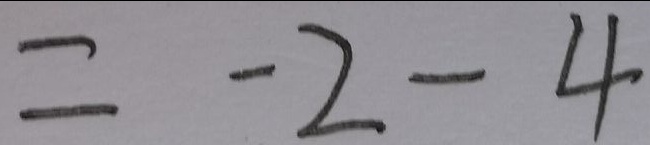
= - 2 - 4